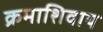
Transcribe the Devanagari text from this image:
क्रमाशिवाय